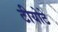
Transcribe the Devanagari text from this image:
टीयोटे